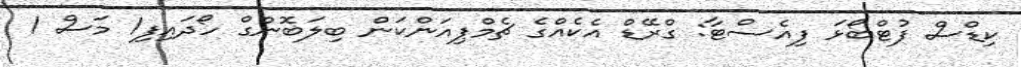
ކިޑްސް ފުޓްބޯޅަ ފިއެސްޓާ: ގްރޭޑް އެކެއްގެ ޗެމްޕިއަންކަން ބިލަބޮންގް ހޯދައިފި1 މަސް 1